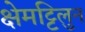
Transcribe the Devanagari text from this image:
क्षेमट्टिलुन